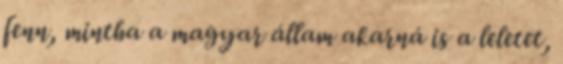
fenn, mintha a magyar állam akarná is a leletet,